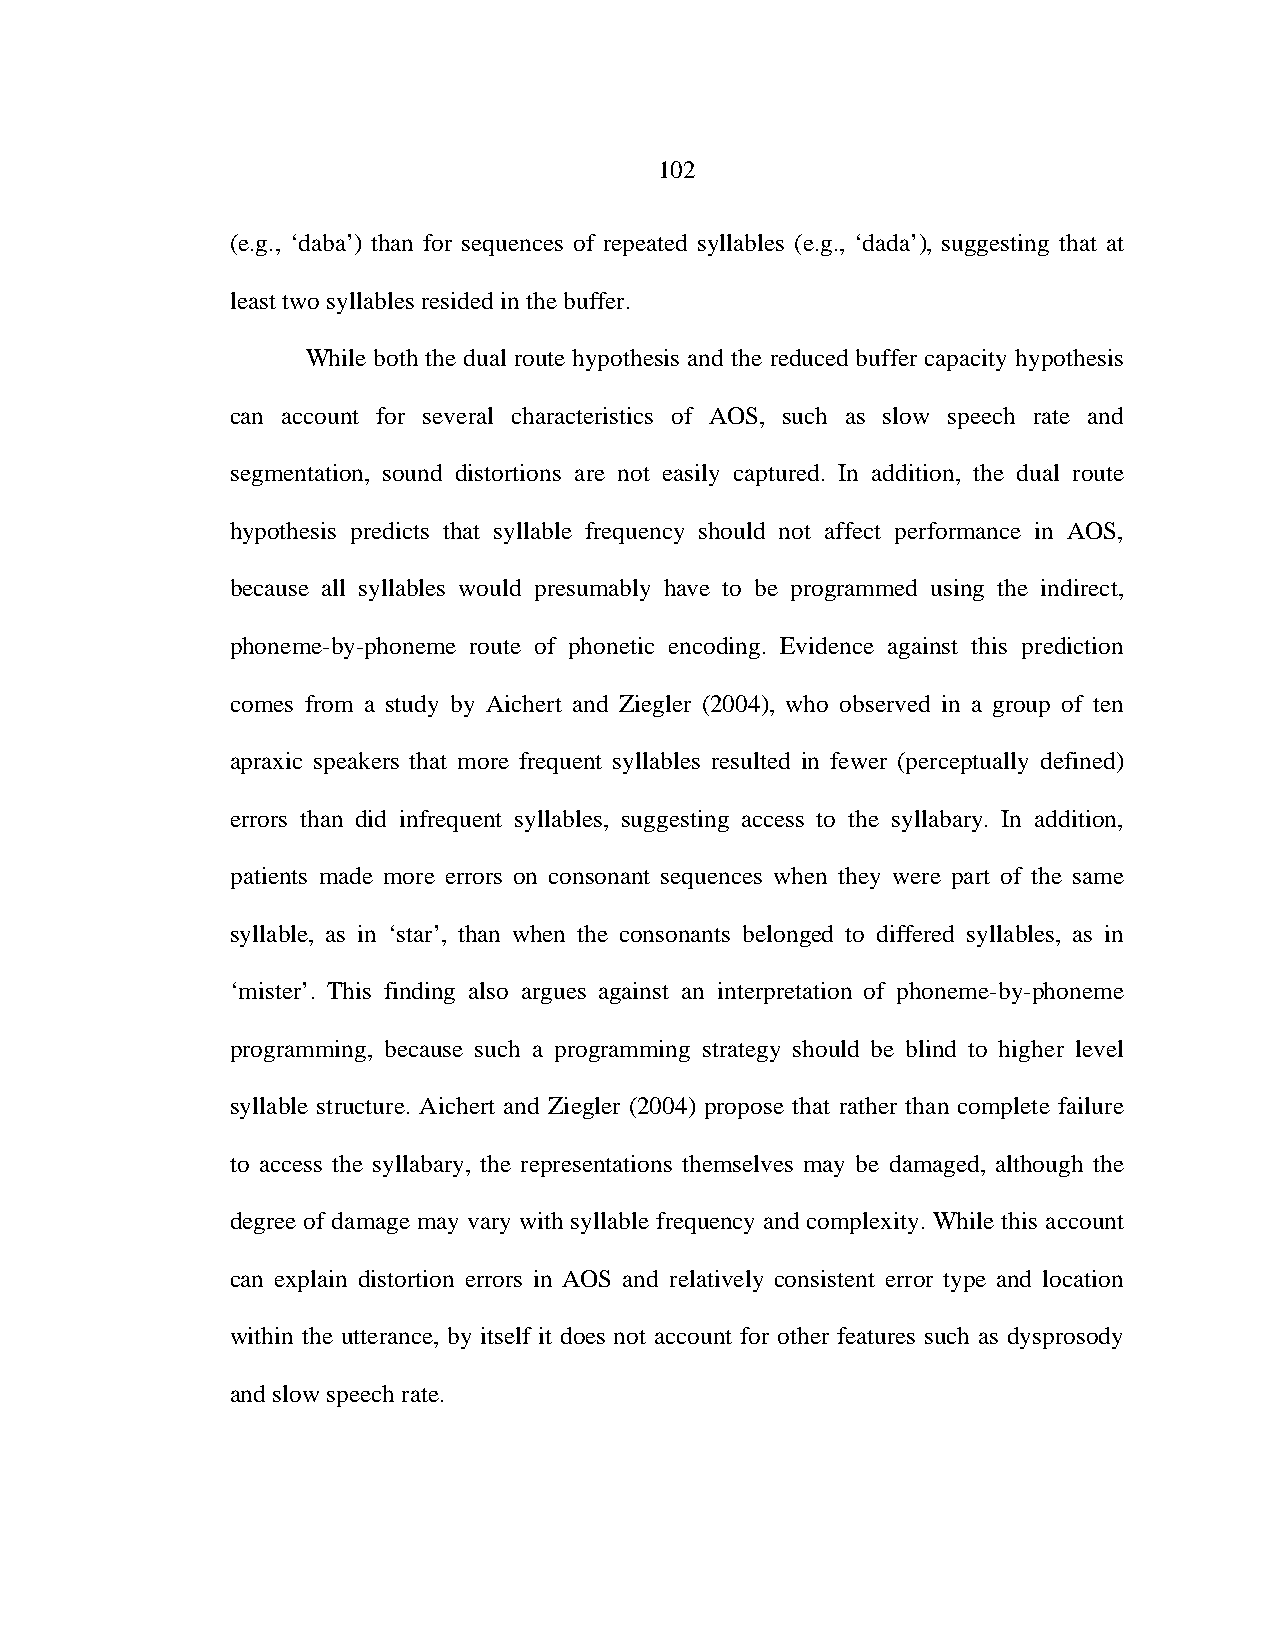
102
 (e.g., ‘daba’) than for sequences of repeated syllables (e.g., ‘dada’), suggesting that at
 least two syllables resided in the buffer.
 While both the dual route hypothesis and the reduced buffer capacity hypothesis
 can account for several characteristics of AOS, such as slow speech rate and
 segmentation, sound distortions are not easily captured. In addition, the dual route
 hypothesis predicts that syllable frequency should not affect performance in AOS,
 because all syllables would presumably have to be programmed using the indirect,
 phoneme-by-phoneme route of phonetic encoding. Evidence against this prediction
 comes from a study by Aichert and Ziegler (2004), who observed in a group of ten
 apraxic speakers that more frequent syllables resulted in fewer (perceptually defined)
 errors than did infrequent syllables, suggesting access to the syllabary. In addition,
 patients made more errors on consonant sequences when they were part of the same
 syllable, as in ‘star’, than when the consonants belonged to differed syllables, as in
 ‘mister’. This finding also argues against an interpretation of phoneme-by-phoneme
 programming, because such a programming strategy should be blind to higher level
 syllable structure. Aichert and Ziegler (2004) propose that rather than complete failure
 to access the syllabary, the representations themselves may be damaged, although the
 degree of damage may vary with syllable frequency and complexity. While this account
 can explain distortion errors in AOS and relatively consistent error type and location
 within the utterance, by itself it does not account for other features such as dysprosody
 and slow speech rate.